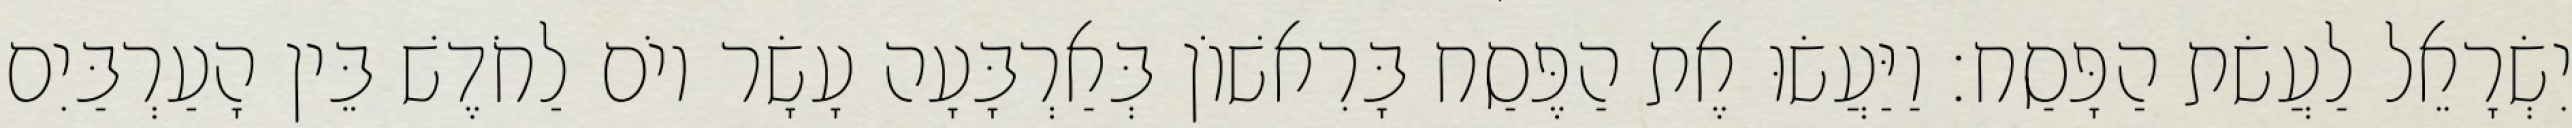
יִשְׂרָאֵל לַעֲשׂת הַפָּסַח׃ וַיַּעֲשׂוּ אֶת הַפֶּסַח בָּרִאשׁוֹן בְּאַרְבָּעָה עָשָׂר יוֹם לַחֹדֶשׁ בֵּין הָעַרְבַּיִם